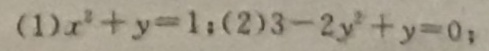
( 1 ) x ^ { 2 } + y = 1 ; ( 2 ) 3 - 2 y ^ { 2 } + y = 0 ;